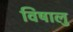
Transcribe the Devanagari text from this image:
विषालु